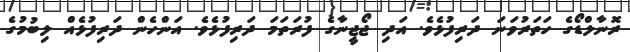
ރޮނާލްޑޯގެ ހަތަރުވަނަ ދަރިފުޅެވެ. އަދި ޖޯޖީނާގެ ފުރަތަމަ ދަރިފުޅެވެ. އަންހެން ދަރިފުޅެއް ލިބުމުގެ